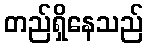
တည်ရှိနေသည်